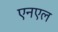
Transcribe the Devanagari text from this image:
एनएल